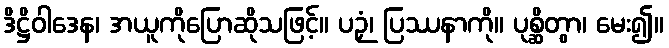
ဒိဋ္ဌိဝါဒေန၊ အယူကိုပြောဆိုသဖြင့်။ ပဉှံ၊ ပြဿနာကို။ ပုစ္ဆိတွာ၊ မေး၍။